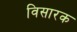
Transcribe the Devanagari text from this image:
विसारक